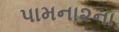
પામના૨ના